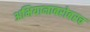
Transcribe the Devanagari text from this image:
अभियानाबरोबरच